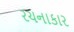
રચનાકાર